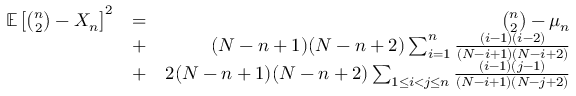
\begin{array} { r l r } { { \mathbb E } \left[ { \binom { n } { 2 } } - X _ { n } \right] ^ { 2 } } & { = } & { { \binom { n } { 2 } } - \mu _ { n } } \\ & { + } & { ( N - n + 1 ) ( N - n + 2 ) \sum _ { i = 1 } ^ { n } \frac { ( i - 1 ) ( i - 2 ) } { ( N - i + 1 ) ( N - i + 2 ) } } \\ & { + } & { 2 ( N - n + 1 ) ( N - n + 2 ) \sum _ { 1 \leq i < j \leq n } \frac { ( i - 1 ) ( j - 1 ) } { ( N - i + 1 ) ( N - j + 2 ) } } \end{array}